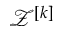
\mathcal { Z } ^ { [ k ] }